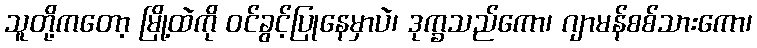
သူတို့ကတော့ မြို့ထဲကို ဝင်ခွင့်ပြုနေမှာပဲ၊ ဒုက္ခသည်ကော၊ ဂျာမန်စစ်သားကော၊